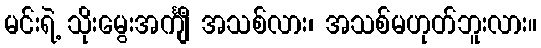
မင်းရဲ့ သိုးမွေးအင်္ကျီ အသစ်လား၊ အသစ်မဟုတ်ဘူးလား။